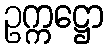
ဥက္ကဋ္ဌော